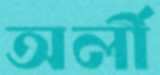
অর্লী